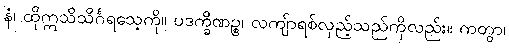
နံ၊ ထိုဣသိသိင်္ဂရသေ့ကို။ ပဒက္ခိဏဉ္စ၊ လကျ်ာရစ်လှည့်သည်ကိုလည်း။ ကတွာ၊